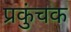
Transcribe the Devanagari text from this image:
प्रकुंचक